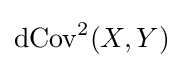
\operatorname {dCov} ^{2}(X,Y)